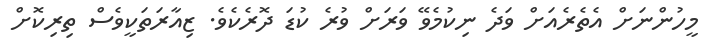
މީހުންނަށް އެތެރެއަށް ވަދެ ނިކުމެވޭ ވަރަށް ވުރެ ކުޑަ ދޮރެކެވެ. ޒިއާރަތަކީވެސް ތިރިކޮށް